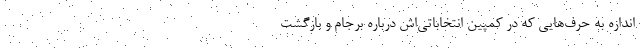
اندازه به حرف‌هایی که در کمپین انتخاباتی‌اش درباره برجام و بازگشت